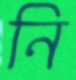
নি